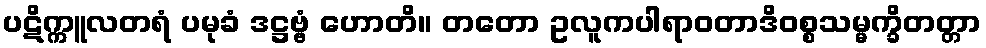
ပဋိက္ကူလတရံ ပမုခံ ဒဋ္ဌဗ္ဗံ ဟောတိ။ တတော ဥလူကပါရာဝတာဒိဝစ္စသမ္မက္ခိတတ္တာ